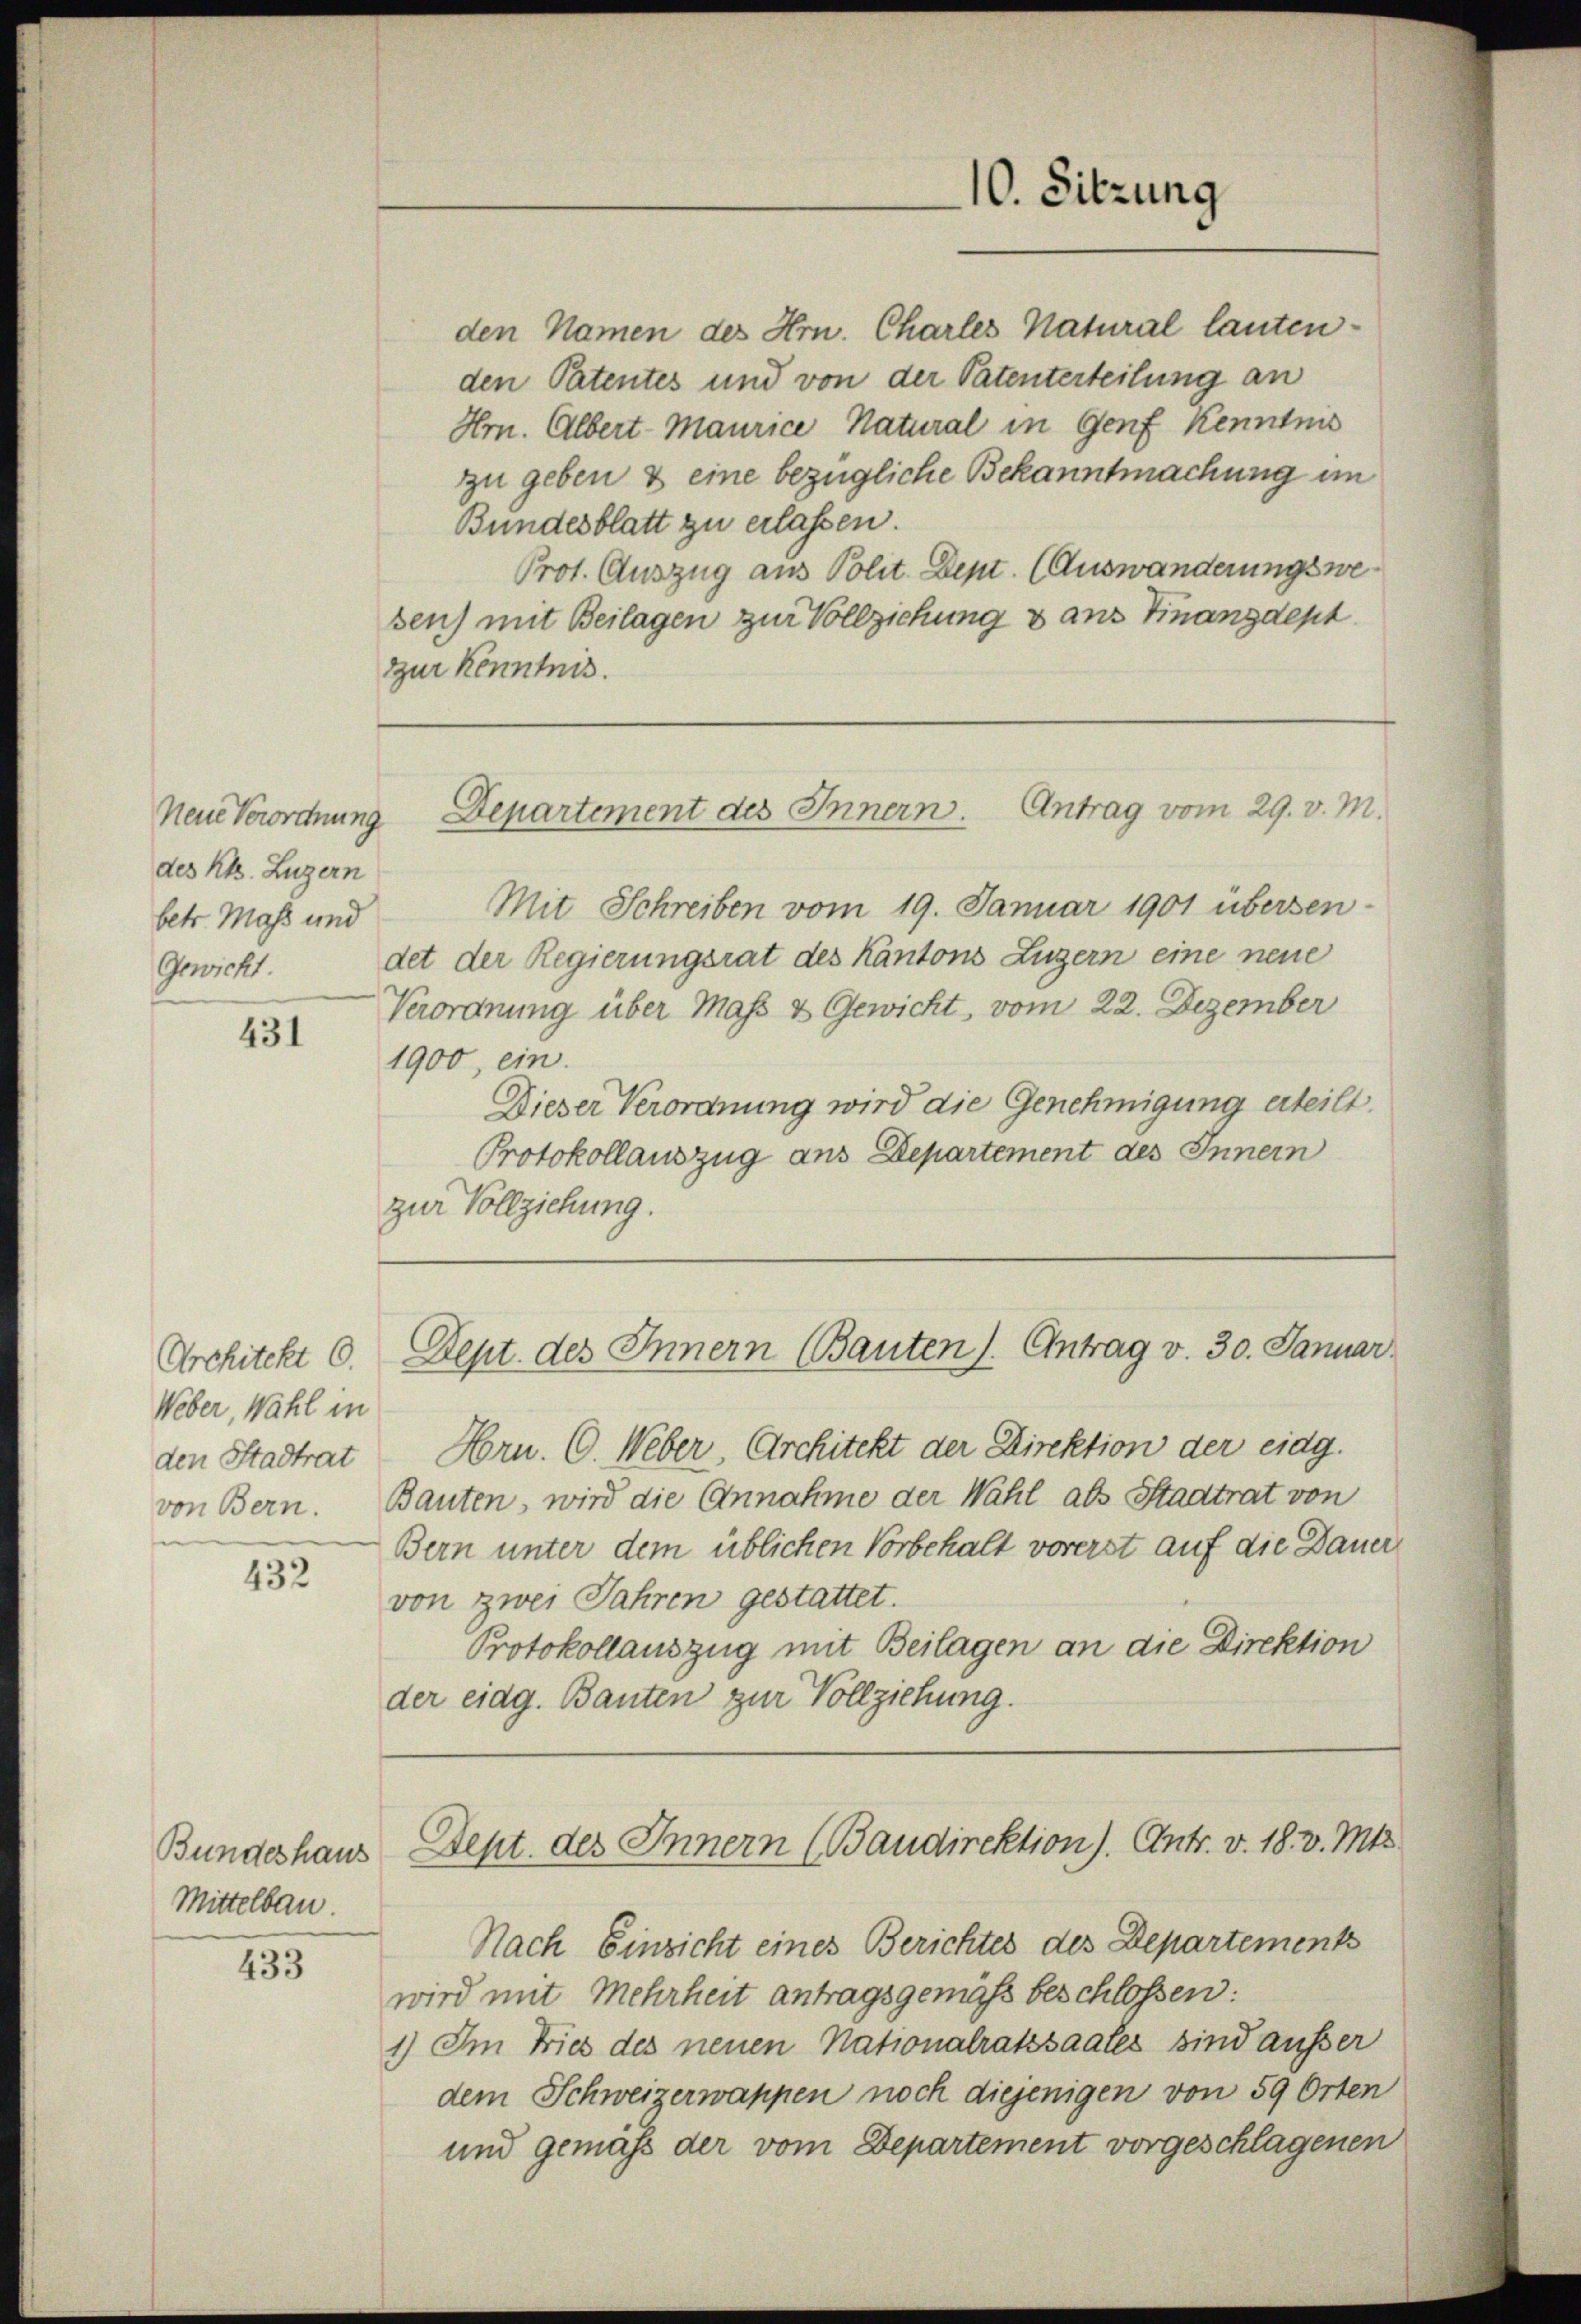
Neue Verordnung
des Kts. Luzern
betr. Mass und
Gewicht.

431

432

Bundeshaus
Mittelbau.

433

Architekt 6.
Weber, Wahl in
den Stadtrat
von Bern.

10. Sitzung

Departement des Innern. Antrag vom 29. v. M.

Dept. des Innern (Bauten 1. Antrag v. 30. Januar

den Namen des Hrn. Charles Natural lauten-
den Patentes und von der Patenterteilung an
Hrn. Albert-Maurice Natural in Genf Kenntnis
zu geben & eine bezügliche Bekanntmachung im
Bundesblatt zu erlassen.
Prot. Auszug aus Polit. Dept. (Auswanderungswesen) mit Beilagen zur Vollziehung & aus Finanzdept
zur Kenntnis.

Mit Schreiben vom 19. Januar 1901 übersendet der Regierungsrat des Kantons Luzern eine neue
Verordnung über Mass & Gewicht vom 22. Dezember
1900, ein.
Dieser Verordnung wird die Genehmigung erteilt.
Protokollauszug aus Departement des Innern
zur Vollziehung.

Hrn. C. Weber, Architekt der Direktion der eidg.
Bauten, wird die Annahme der Wahl als Stadtrat von
Bern unter dem üblichen Vorbehalt vorerst auf die Dauer
von zwei Jahren gestattet.
Protokollauszug mit Beilagen an die Direktion
der eidg. Bauten zur Vollziehung.

Sept. des Innern (Baudirektion). Antr. v. 18. v. Mts.

Nach Einzicht eines Berichtes des Departements
wird mit Mehrheit antragsgemäß beschlossen:
1) Im Fries des neuen Nationalratssaales sind ausser
dem Schweizerwappen noch diejenigen von 59 Orten
und gemass der vom Departement vorgeschlagenen